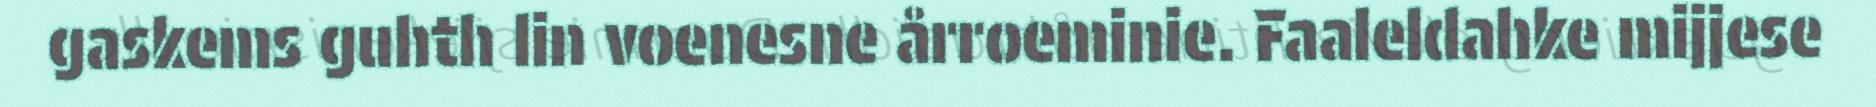
gaskems guhth lin voenesne årroeminie. Faaleldahke mijjese